Lunatic asylums Central Provinces reports 1886-1894 - 1886-1894
Year: 1886
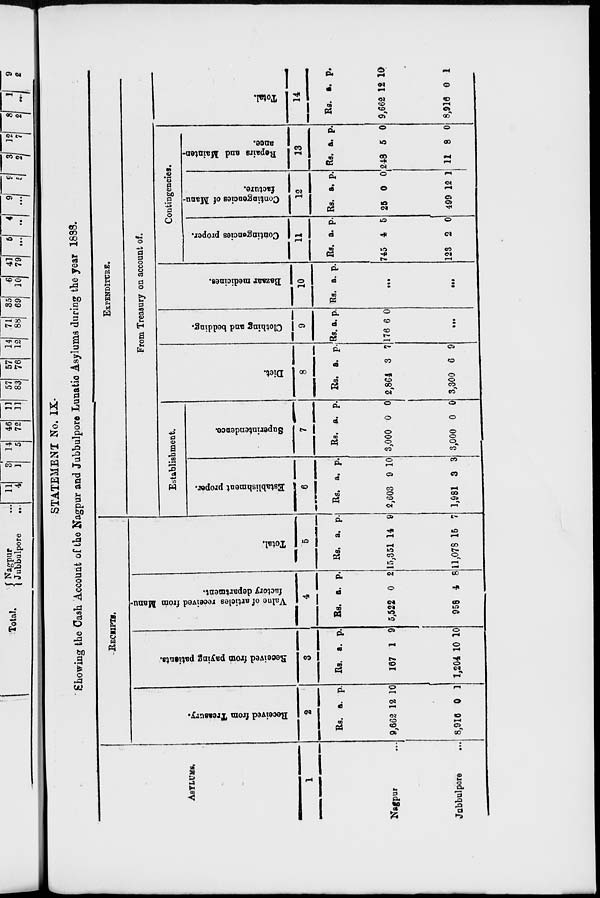
STATEMENT No. IX.
Showing the Cash Account of the Nagpur and Jubbulpore Lunatic Asylums during the year 1888.
ASYLUMS.
1
Nagpur ...
Jubbulpore ...
RECEIPTS.
Received from Treasury.
2
Rs.
9,662
8,916
a.
12
0
p.
10
1
Received from paying patients.
3
Rs.
167
1,204
a.
1
10
p.
9
10
Value
of articles received from Manu-
factory department.
4
Rs.
5,522
958
a.
0
4
p.
2
8
Total.
5
Rs.
15,351
11,078
a.
14
15
p.
9
7
EXPENDITURE.
From Treasury on account of.
Establishment.
Establishment proper.
6
Rs.
2,603
1,981
a.
9
3
p.
10
3
Superintendence.
7
Rs.
3,000
3,000
a.
0
0
p.
0
0
Diet.
8
Rs.
2,864
3,300
a.
3
6
p.
7
9
Clothing and bedding.
9
Rs.
176
a.
6
p.
0
...
Bazaar medicines.
10
Rs. a.
p.
...
...
Contingencies.
Contingencies proper.
11
Rs.
745
123
a.
4
2
p.
5
0
Contingencies of Manu-
facture.
12
Rs.
25
499
a.
0
12
p.
0
1
Repairs and Mainten-
ance.
13
Rs.
248
11
a.
5
8
p.
0
0
Total.
14
Rs.
9,662
8,916
a.
12
0
p.
10
1